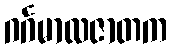
ဂင်္ဂမာလဇာတက